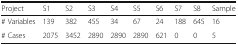
| Project | S1 | S2 | S3 | S4 | S5 | S6 | S7 | S8 | Sample |
 | --- | --- | --- | --- | --- | --- | --- | --- | --- | --- |
 | # Variables | 139 | 382 | 455 | 34 | 67 | 24 | 188 | 645 | 16 |
 | # Cases | 2075 | 3452 | 2890 | 2890 | 2890 | 621 | 0 | 0 | 5 |